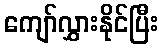
ကျော်လွှားနိုင်ပြီး